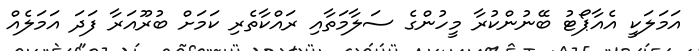
އަމަލަކީ އެއާޕޯޓު ބޭނުންކުރާ މީހުންގެ ސަލާމަތާއި ރައްކާތެރި ކަަމަށް ބުރޫއަރާ ފަދަ އަމަލެއް